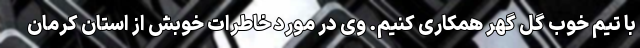
با تیم خوب گل گهر همکاری کنیم. وی در مورد خاطرات خوبش از استان کرمان